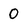
Character: 0